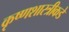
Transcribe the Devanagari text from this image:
कृष्णशास्त्रीकडे